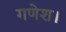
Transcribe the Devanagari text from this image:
गणेश।